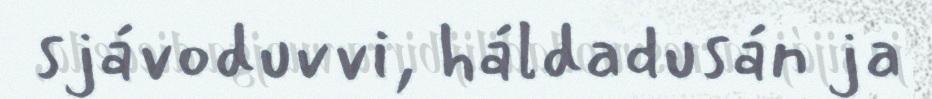
sjávoduvvi, háldadusán ja